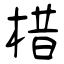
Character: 棤